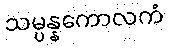
သမ္ပန္နကောလကံ